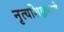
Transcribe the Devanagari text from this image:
नृत्यशिक्षणाचे